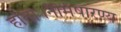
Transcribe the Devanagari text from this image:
होता।नैमिषारण्य